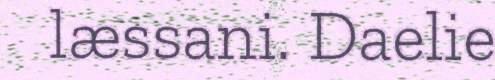
læssani. Daelie